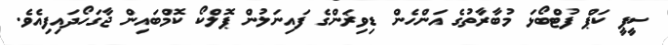
ސީޕީ ކަޕް ފުޓްބޯޅަ މުބާރާތުގެ އަންހެން ޑިވިޜަންގެ ފައިނަލުން ޕޮލްކޯ ކޮމްބައިން ޖާގަހޯދައިފިއެވެ.